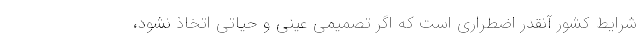
شرایط کشور آنقدر اضطراری است که اگر تصمیمی عینی و حیاتی اتخاذ نشود،